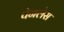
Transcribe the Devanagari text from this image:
पेनलेस